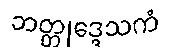
ဘတ္တုဒ္ဒေသကံ